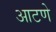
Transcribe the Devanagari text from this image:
आटणे